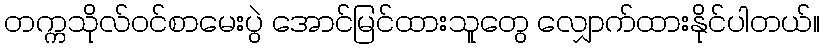
တက္ကသိုလ်ဝင်စာမေးပွဲ အောင်မြင်ထားသူတွေ လျှောက်ထားနိုင်ပါတယ်။